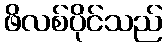
ဖိလစ်ပိုင်သည်